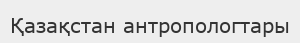
Қазақстан антропологтары